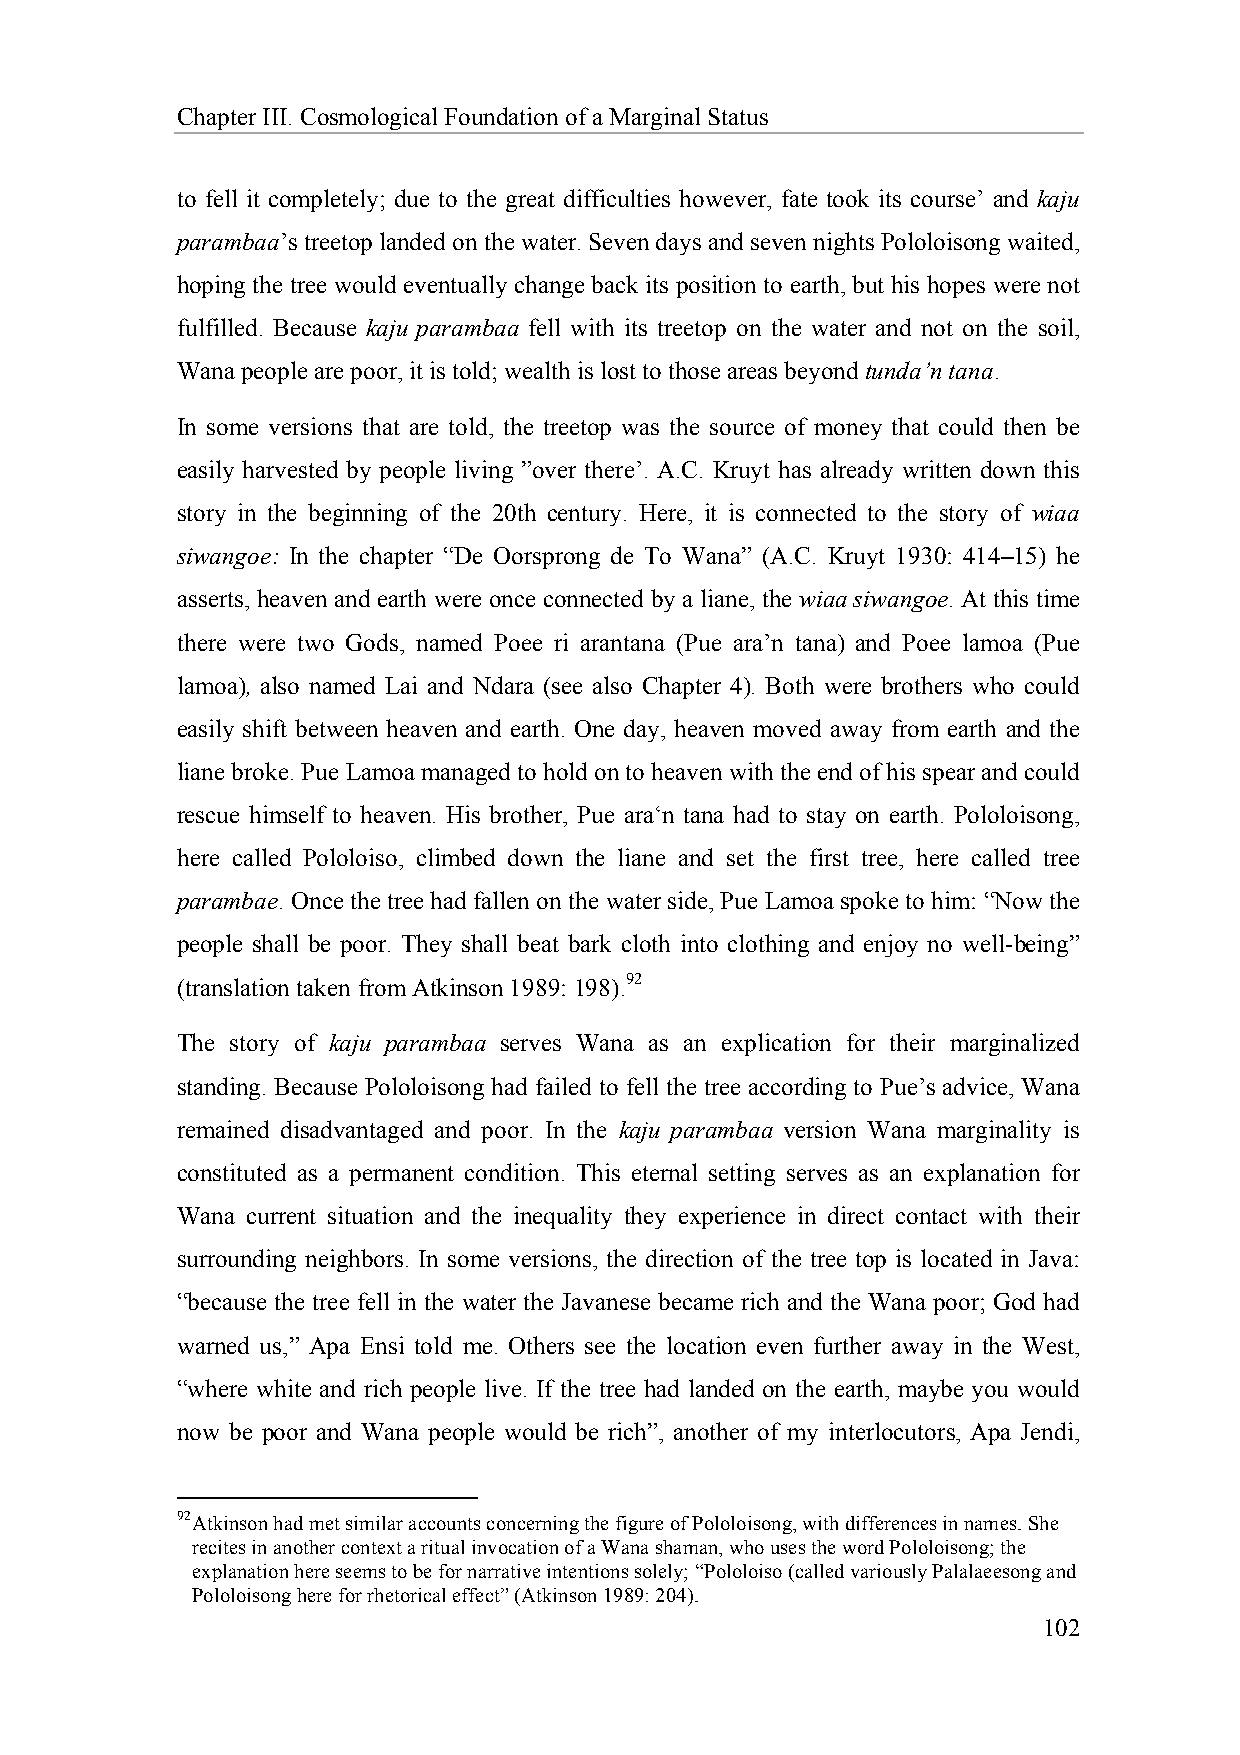
Chapter III. Cosmological Foundation of a Marginal Status
 to fell it completely; due to the great difficulties however, fate took its course’ and kaju
 parambaa’s treetop landed on the water. Seven days and seven nights Pololoisong waited,
 hoping the tree would eventually change back its position to earth, but his hopes were not
 fulfilled. Because kaju parambaa fell with its treetop on the water and not on the soil,
 Wana people are poor, it is told; wealth is lost to those areas beyond tunda’n tana.
 In some versions that are told, the treetop was the source of money that could then be
 easily harvested by people living ”over there’. A.C. Kruyt has already written down this
 story in the beginning of the 20th century. Here, it is connected to the story of wiaa
 siwangoe: In the chapter “De Oorsprong de To Wana” (A.C. Kruyt 1930: 414–15) he
 asserts, heaven and earth were once connected by a liane, the wiaa siwangoe. At this time
 there were two Gods, named Poee ri arantana (Pue ara’n tana) and Poee lamoa (Pue
 lamoa), also named Lai and Ndara (see also Chapter 4). Both were brothers who could
 easily shift between heaven and earth. One day, heaven moved away from earth and the
 liane broke. Pue Lamoa managed to hold on to heaven with the end of his spear and could
 rescue himself to heaven. His brother, Pue ara‘n tana had to stay on earth. Pololoisong,
 here called Pololoiso, climbed down the liane and set the first tree, here called tree
 parambae. Once the tree had fallen on the water side, Pue Lamoa spoke to him: “Now the
 people shall be poor. They shall beat bark cloth into clothing and enjoy no well-being”
 (translation taken from Atkinson 1989: 198).92
 The story of kaju parambaa serves Wana as an explication for their marginalized
 standing. Because Pololoisong had failed to fell the tree according to Pue’s advice, Wana
 remained disadvantaged and poor. In the kaju parambaa version Wana marginality is
 constituted as a permanent condition. This eternal setting serves as an explanation for
 Wana current situation and the inequality they experience in direct contact with their
 surrounding neighbors. In some versions, the direction of the tree top is located in Java:
 “because the tree fell in the water the Javanese became rich and the Wana poor; God had
 warned us,” Apa Ensi told me. Others see the location even further away in the West,
 “where white and rich people live. If the tree had landed on the earth, maybe you would
 now be poor and Wana people would be rich”, another of my interlocutors, Apa Jendi,
 92 Atkinson had met similar accounts concerning the figure of Pololoisong, with differences in names. She
 recites in another context a ritual invocation of a Wana shaman, who uses the word Pololoisong; the
 explanation here seems to be for narrative intentions solely; “Pololoiso (called variously Palalaeesong and
 Pololoisong here for rhetorical effect” (Atkinson 1989: 204).
 102